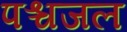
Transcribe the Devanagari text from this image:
पश्चजल